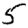
Digit: 5